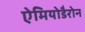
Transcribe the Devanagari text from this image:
ऐमियोडैरोन